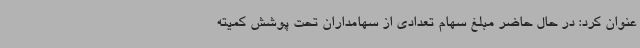
عنوان کرد: در حال حاضر مبلغ سهام تعدادی از سهامداران تحت پوشش کمیته